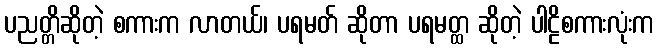
ပညတ္တိဆိုတဲ့ စကားက လာတယ်၊ ပရမတ် ဆိုတာ ပရမတ္ထ ဆိုတဲ့ ပါဠိစကားလုံးက